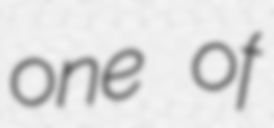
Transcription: one of